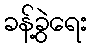
ခန့်ခွဲရေး